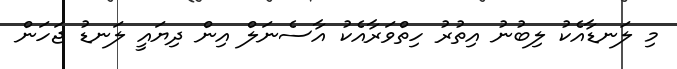
މި ލަނޑާއެކު ލިބުނު އިތުރު ހިތްވަރާއެކު އާސެނަލް އިން ދިޔައީ ލަނޑު ޖަހަން